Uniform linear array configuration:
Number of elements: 24
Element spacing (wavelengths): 0.75
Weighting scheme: binomial
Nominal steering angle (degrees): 0
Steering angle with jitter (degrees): -0.3354
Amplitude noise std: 0.05
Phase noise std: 0.05

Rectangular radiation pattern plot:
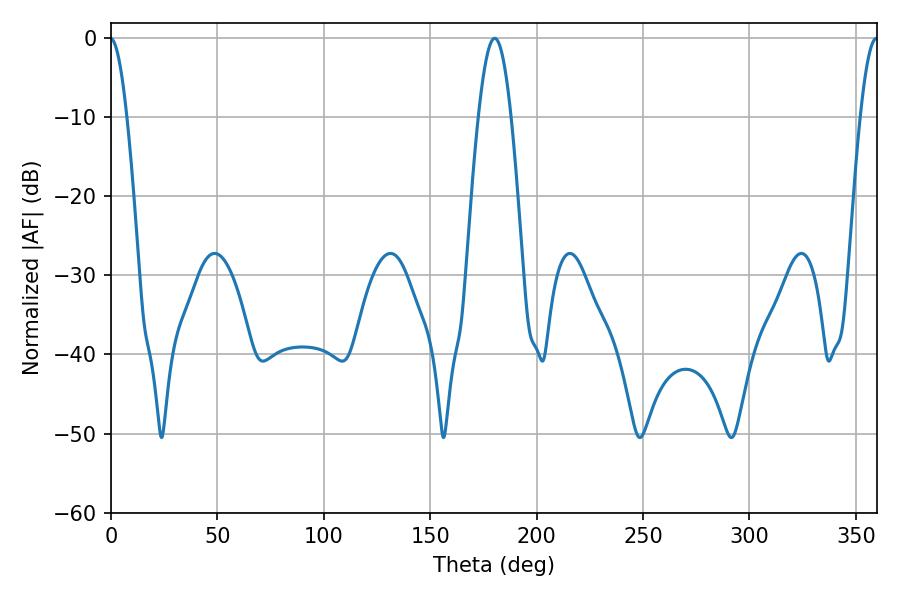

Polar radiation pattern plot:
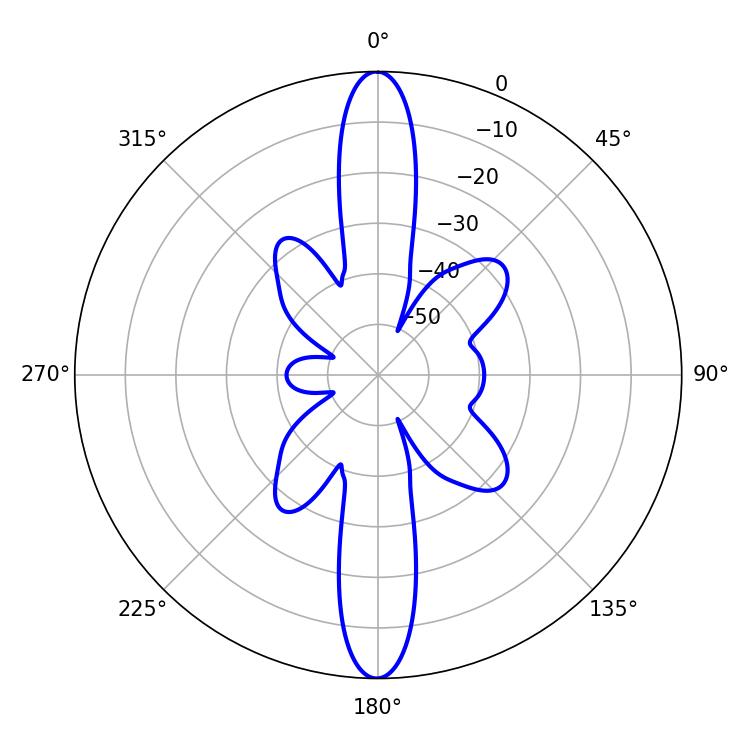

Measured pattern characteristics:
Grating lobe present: TRUE
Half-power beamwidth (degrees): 8.28
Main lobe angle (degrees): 180.36